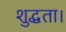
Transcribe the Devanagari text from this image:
शुद्धता।